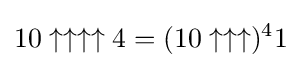
10\uparrow \uparrow \uparrow \uparrow 4=(10\uparrow \uparrow \uparrow )^{4}1